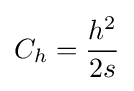
C_{h}={\frac {h^{2}}{2s}}